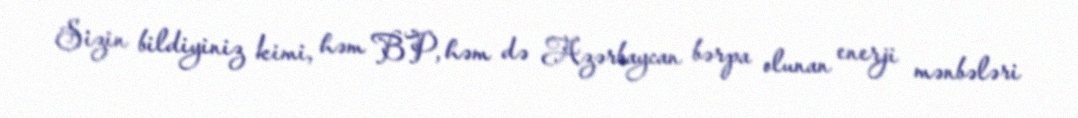
Sizin bildiyiniz kimi, həm BP, həm də Azərbaycan bərpa olunan enerji mənbələri